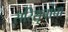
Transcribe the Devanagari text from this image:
सरिसृपांचा